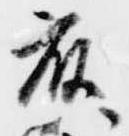
藤